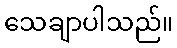
သေချာပါသည်။